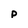
Character: p